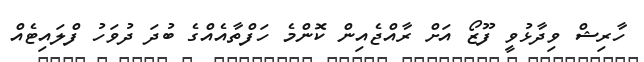
ހާރިޝް ވިދާޅުވީ ފޫޒޯ އަށް ރާއްޖެއިން ކޮންމެ ހަފްތާއެއްގެ ބުދަ ދުވަހު ފްލައިޓެއް